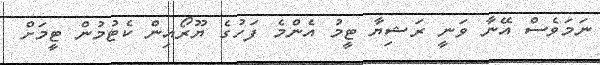
ނަމަވެސް އޭނާ ވަނީ ރަޝިޔާ ޓީމު އެންމެ ފަހުގެ ޔޫރޯއިން ކެޓުމުން ޓީމަށް